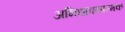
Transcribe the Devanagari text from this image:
अभिधावनात्मक